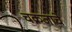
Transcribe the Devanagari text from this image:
चक्रजाचे